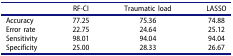
|  | RF-CI | Traumatic load | LASSO |
 | --- | --- | --- | --- |
 | Accuracy | 77.25 | 75.36 | 74.88 |
 | Error rate | 22.75 | 24.64 | 25.12 |
 | Sensitivity | 98.01 | 94.04 | 94.04 |
 | Specificity | 25.00 | 28.33 | 26.67 |